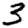
Digit: 3